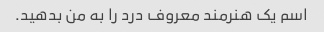
اسم یک هنرمند معروف درد را به من بدهید.